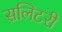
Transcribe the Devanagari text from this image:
सलिटरी